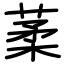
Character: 葇